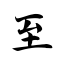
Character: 至